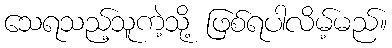
သေရသည့်သူကဲ့သို့ ဖြစ်ရပါလိမ့်မည်။